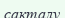
сакталу